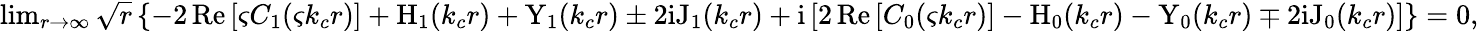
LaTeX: \begin{array}{r}{\operatorname*{lim}_{r\rightarrow\infty}\sqrt{r}\left\{ -2\, \mathrm{Re}\left[\varsigma C_{1}(\varsigma k_{c}r)\right]+\mathrm{H}_{1}(k_{c}r)+\mathrm{Y}_{1}(k_{c}r)\pm 2\mathrm{i}\mathrm{J}_{1}(k_{c}r)+\mathrm{i}\left[2\, \mathrm{Re}\left[C_{0}(\varsigma k_{c}r)\right]-\mathrm{H}_{0}(k_{c}r)-\mathrm{Y}_{0}(k_{c}r)\mp 2\mathrm{i}\mathrm{J}_{0}(k_{c}r)\right]\right\} =0,}\end{array}